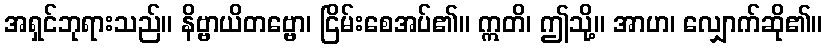
အရှင်ဘုရားသည်။ နိဗ္ဗာယိတဗ္ဗော၊ ငြိမ်းစေအပ်၏။ ဣတိ၊ ဤသို့။ အာဟ၊ လျှောက်ဆို၏။